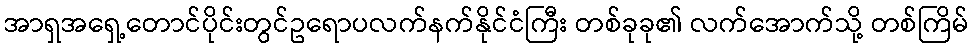
အာရှအရှေ့တောင်ပိုင်းတွင်ဥရောပလက်နက်နိုင်ငံကြီး တစ်ခုခု၏ လက်အောက်သို့ တစ်ကြိမ်